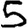
Digit: 5